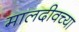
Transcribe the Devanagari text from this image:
मालदीवच्या